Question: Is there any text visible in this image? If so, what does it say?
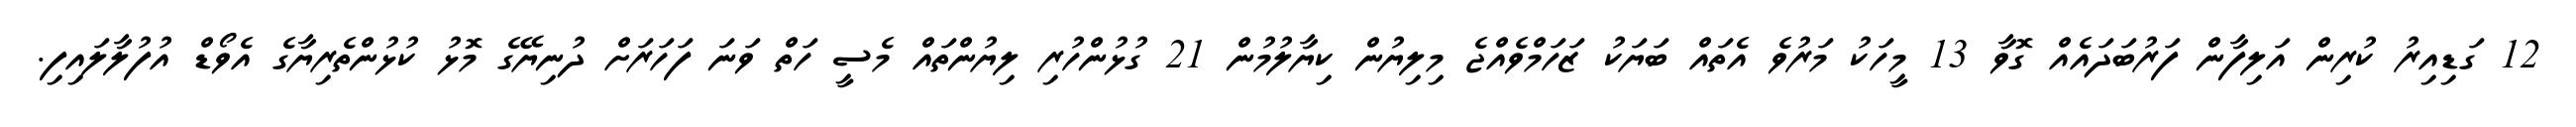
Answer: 12 ގަޑިއިރު ކުރިން އަލިފާން ފަރުބަދައެއް ގޮވާ 13 މީހަކު މަރުވެ އެތައް ބަޔަކު ޒަހަމްވެއްޖެ މިލިޔުން ކިޔާލުމުން 21 ގުޅުންހުރި ލިޔުންތައް މެސީ ހަތް ވަނަ ފަހަރަށް ދުނިޔޭގެ މޮޅު ކުޅުންތެރިޔާގެ އެވޯޑް އުފުލާލައިފި.